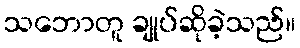
သဘောတူ ချုပ်ဆိုခဲ့သည်။